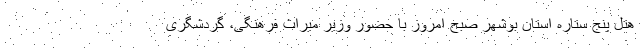
هتل پنج ستاره استان بوشهر صبح امروز با حضور وزیر میراث فرهنگی، گردشگری